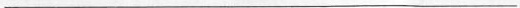
___